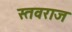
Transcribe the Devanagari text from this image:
स्तवराज